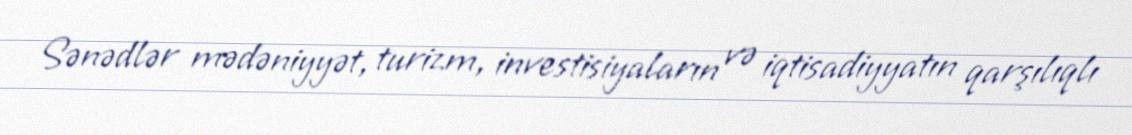
Sənədlər mədəniyyət, turizm, investisiyaların və iqtisadiyyatın qarşılıqlı